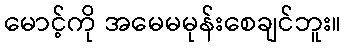
မောင့်ကို အမေမမုန်းစေချင်ဘူး။